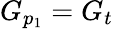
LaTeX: G_{p_{1}}=G_{t}